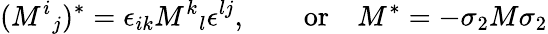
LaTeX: (M^{i}{}_{j})^{*}=\epsilon_{ik}M^{k}{}_{l}\epsilon^{lj},\qquad\mathrm{or}\quad M^{*}=-\sigma_{2}M\sigma_{2}